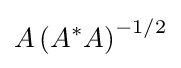
A\left(A^{*}A\right)^{-1/2}